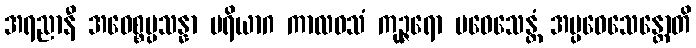
အရညာနီ အဝေစ္စပ္ပသန္နာ ပရိယာဂ ကာလဝသံ ကုဉ္ဇရော ပဝေသေန္တံ အပ္ပဝေသေန္တောတိ